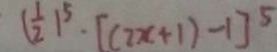
( \frac { 1 } { 2 } ) ^ { 5 } \cdot [ ( 2 x + 1 ) - 1 ] ^ { 5 }